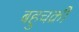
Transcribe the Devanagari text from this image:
बहुचक्री